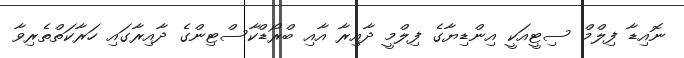
ނޮއިޑާ ފިލްމް ސިޓީއަކީ އިންޑިޔާގެ ފިލްމީ ދާއިރާ އާއި ބްރޯޑްކާސްޓިންގެ ދާއިރާގައި ހަރާކަތްތެރިވާ